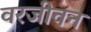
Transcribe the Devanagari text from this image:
वरजीवन